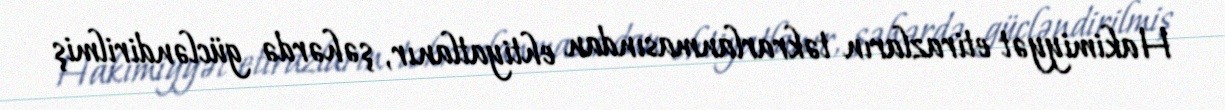
Hakimiyyət etirazların təkrarlanmasından ehtiyatlanır, şəhərdə gücləndirilmiş